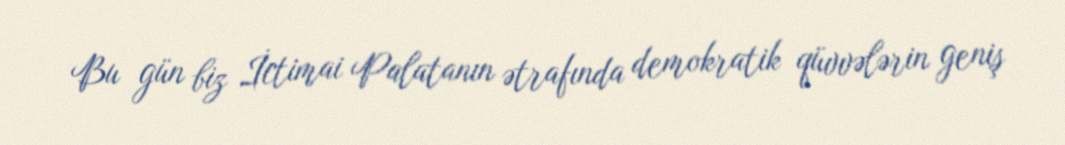
Bu gün biz İctimai Palatanın ətrafında demokratik qüvvələrin geniş